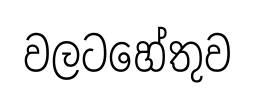
වලටහේතුව